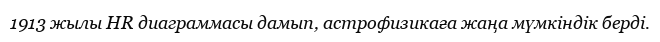
1913 жылы HR диаграммасы дамып, астрофизикаға жаңа мүмкіндік берді.